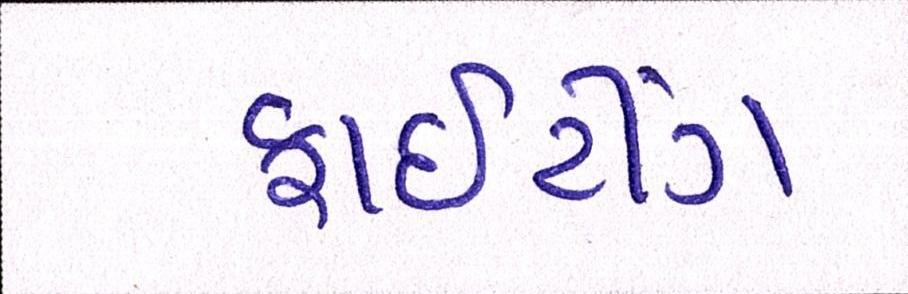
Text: ફાઈટીંગ